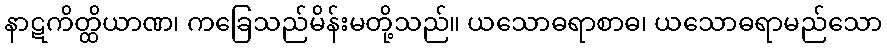
နာဋကိတ္ထိယာဏ၊ ကခြေသည်မိန်းမတို့သည်။ ယသောဓရာစာဓ၊ ယသောဓရာမည်သော